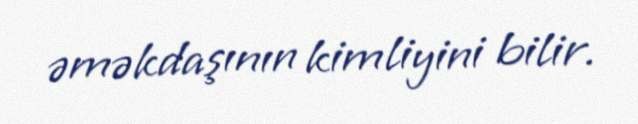
əməkdaşının kimliyini bilir.